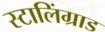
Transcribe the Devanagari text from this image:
स्टालिंग्राड